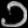
Digit: ၁